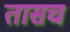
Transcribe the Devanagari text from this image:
तासच